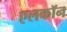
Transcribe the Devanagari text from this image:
एलकॉन